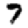
Digit: 7